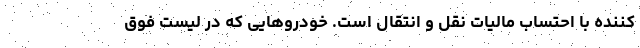
کننده با احتساب مالیات نقل و انتقال است. خودروهایی که در لیست فوق